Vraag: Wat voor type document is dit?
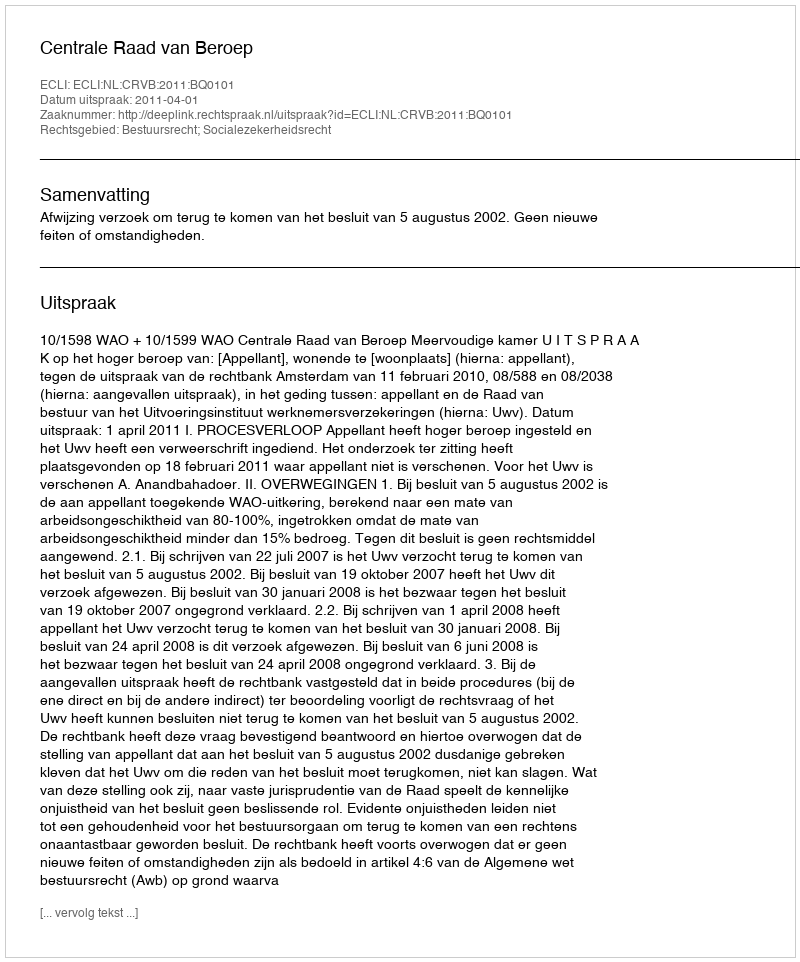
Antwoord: Uitspraak